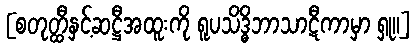
[စတုတ္ထီနှင့်ဆဋ္ဌီအထူးကို ရူပသိဒ္ဓိဘာသာဋီကာမှာ ရှု။]